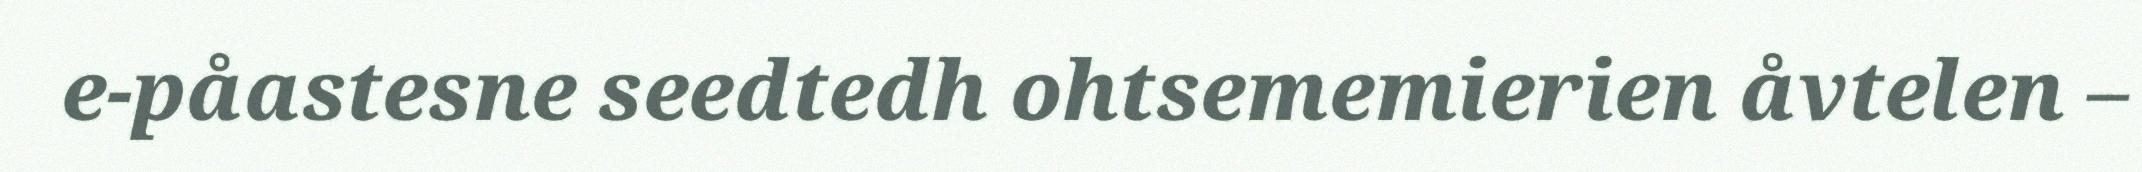
e-påastesne seedtedh ohtsememierien åvtelen –